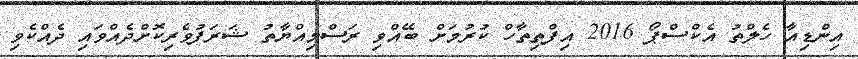
އިންޑިއާ ހެލްތު އެކްސްޕޯ 2016 އިފްތިތާހް ކުރުމަށް ބޭއްވި ރަސްމިއްޔާތު ޝަރަފުވެރިކޮށްދެއްވައި ދެއްކެވި